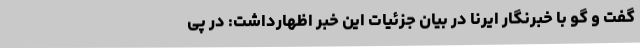
گفت و گو با خبرنگار ایرنا در بیان جزئیات این خبر اظهارداشت: در پی